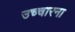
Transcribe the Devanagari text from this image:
उच्चारना